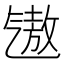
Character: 𪵧